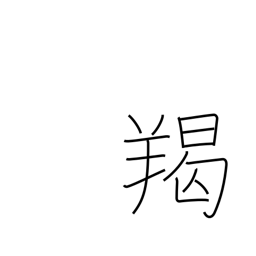
Meaning: barbarian